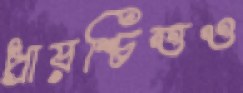
প্রায়শ্চিত্তও